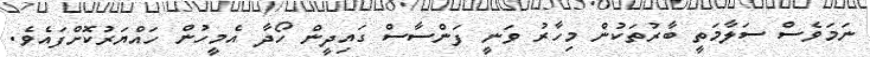
ނަމަވެސް ސަލާމަތީ ބާރުތަކުން މިހާރު ވަނީ ފަންސާސް ގައިދީން ހޯދާ އެމީހުން ހައްޔަރުކޮށްފައެވެ.